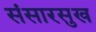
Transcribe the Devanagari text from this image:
संसारसुख